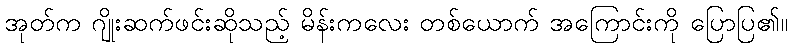
အုတ်က ဂျိုးဆက်ဖင်းဆိုသည့် မိန်းကလေး တစ်ယောက် အကြောင်းကို ပြောပြ၏။